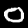
Label: 0